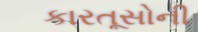
કારતૂસોની